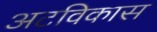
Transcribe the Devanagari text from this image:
अटविकास